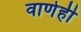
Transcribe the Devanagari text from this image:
वाणेही